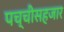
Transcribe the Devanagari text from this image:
पच्चीसहजार